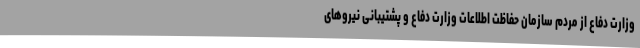
وزارت دفاع از مردم سازمان حفاظت اطلاعات وزارت دفاع و پشتیبانی نیروهای